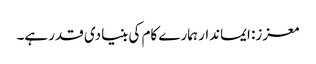
معزز: ایماندار ہمارے کام کی بنیادی قدر ہے۔